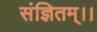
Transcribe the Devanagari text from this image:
संज्ञितम्।।